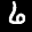
Label: 6